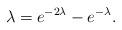
LaTeX: \begin{align*} \lambda = e^{-2\lambda} - e^{-\lambda}. \end{align*}